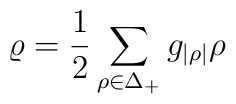
\varrho ={1\over2}\sum_{\rho\in\Delta_+}g_{|\rho|}\rho